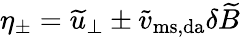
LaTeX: \eta_{\pm}=\widetilde u_{\perp}\pm\widetilde v_{\mathrm{ms,da}}\delta\widetilde B